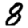
Digit: 8